Report of the King Institute of Preventive Medicine, Guindy
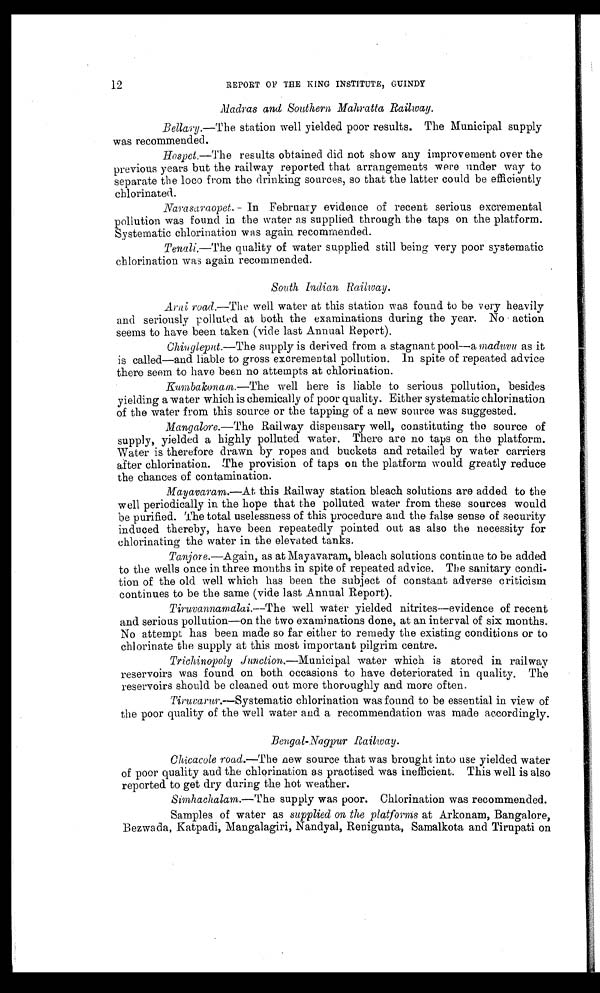
12 REPORT OF THE KING INSTITUTE, GUINDY
Madras and Southern Mahratta Railway.
Bellary. —The station well yielded poor results. The Municipal supply
was recommended.
Hospet. —The results obtained did not show any improvement over the
previous years but the railway reported that arrangements -were under way to
separate the loco from the drinking sources, so that the latter could be efficiently
chlorinated.
Narasaraopet.—In February evidence of recent serious excremental
pollution was found in the water as supplied through the taps on the platform.
Systematic chlorination was again recommended.
Tenali. —The quality of water supplied still being very poor systematic
chlorination was again recommended.
South Indian Railway.
Arni road.—The well water at this station was found to be very heavily
and seriously polluted at both the examinations during the year. No action
seems to have been taken (vide last Annual Report).
Chingleput. —The supply is derived from a stagnant pool—a maduvu as it
is called—and liable to gross excremental pollution. In spite of repeated advice
there seem to have been no attempts at chlorination.
Kumbakonam. —The well here is liable to serious pollution, besides
yielding a water which is chemically of poor quality. Either systematic chlorination
of the water from this source or the tapping of a new source was suggested.
Mangalore. —The Railway dispensary well, constituting the source of
supply, yielded a highly polluted water. There are no taps on the platform.
Water is therefore drawn by ropes and buckets and retailed by water carriers
after chlorination. The provision of taps on the platform would greatly reduce
the chances of contamination.
Mayavaram.—At this Railway station bleach solutions are added to the
well periodically in the hope that the polluted water from these sources would
be purified. The total uselessness of this procedure and the false sense of security
induced thereby, have been repeatedly pointed out as also the necessity for
chlorinating the water in the elevated tanks.
Tanjore. —Again, as at Mayavaram, bleach solutions continue to be added
to the wells once in three months in spite of repeated advice. The sanitary condi-
tion of the old well which has been the subject of constant adverse criticism
continues to be the same (vide last Annual Report).
Tiruvannamalai. —The well water yielded nitrites—evidence of recent
and serious pollution—on the two examinations done, at an interval of six months.
No attempt has been made so far either to remedy the existing conditions or to
chlorinate the supply at this most important pilgrim centre.
Trichinopoly Junction.—Municipal water which is stored in railway
reservoirs was found on both occasions to have deteriorated in quality. The
reservoirs should be cleaned out more thoroughly and more often.
Tiruvarur.—Systematic chlorination was found to be essential in view of
the poor quality of the well water and a recommendation was made accordingly.
Bengal-Nagpur Railway.
Chicacole road. —The new source that was brought into use yielded water
of poor quality and the chlorination as practised was inefficient. This well is also
reported to get dry during the hot weather.
Simhachalam. —The supply was poor. Chlorination was recommended.
Samples of water as supplied on the platforms at Arkonam, Bangalore,
Bezwada, Katpadi, Mangalagiri, Nandyal, Renigunta, Samalkota and Tirupati on